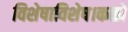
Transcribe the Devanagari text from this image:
विशेषाविशेष।कळों